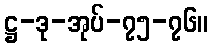
ဋ္ဌ-ဒု-အုပ်-၇၅-၇၆။